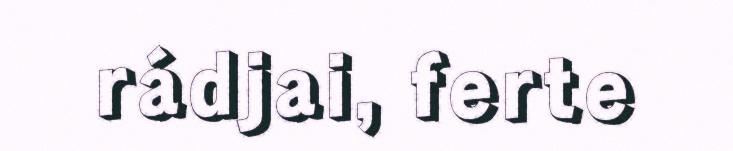
rádjai, ferte